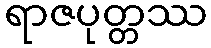
ရာဇပုတ္တဿ